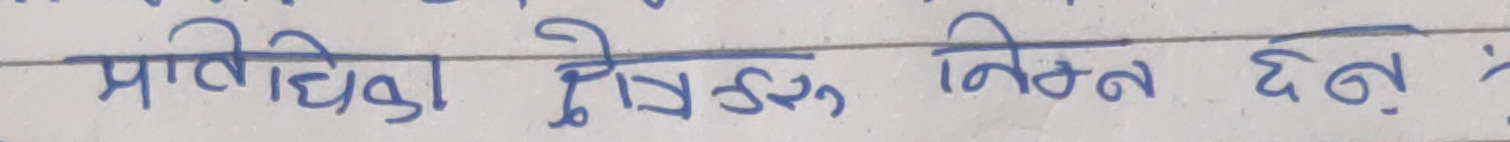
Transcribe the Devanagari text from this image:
प्राविधिको क्षेत्रहरु निम्न छन् :